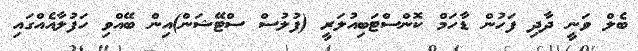
ބެލް ވަނީ ދާދި ފަހުން ޑާހަމް ކޮންސްޓަބިއުލަރީ (ފުލުސް ސްޓޭޝަން)އިން ބޭއްވި ހަފުލާއެއްގައި